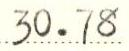
30.78